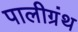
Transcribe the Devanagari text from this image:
पालीग्रंथ